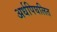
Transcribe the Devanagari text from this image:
अर्धपिघलित